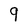
Character: 9